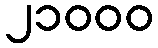
၂၁၀၀၀